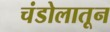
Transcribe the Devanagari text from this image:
चंडोलातून